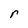
Character: r